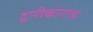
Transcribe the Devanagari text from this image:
द्वारीकानाथ